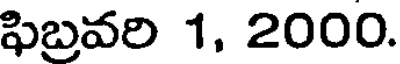
ఫిబ్రవరి 1, 2000.